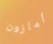
أمازون